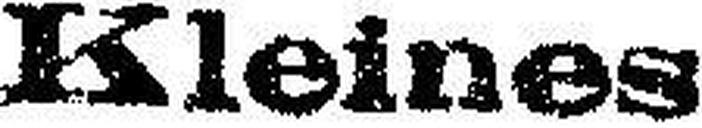
Kleines